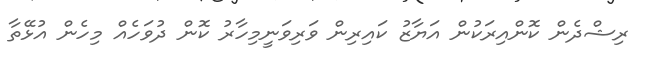
ރިޝްދެން ކޮންއިރަކުން އަޔާޒު ކައިރިން ވަރިވަނީމިހާރު ކޮން ދުވަހެއް މިހެން އުޅޭތާ